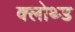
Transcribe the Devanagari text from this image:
क्लोथ्ड